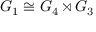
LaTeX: G _ { 1 } \cong G _ { 4 } \rtimes G _ { 3 }